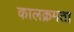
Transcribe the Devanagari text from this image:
कालक्रमता